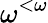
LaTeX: \omega^{<\omega}